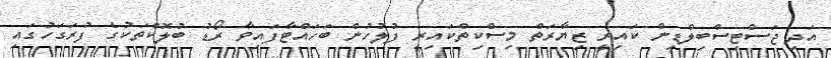
އަދި ޖަސްޓިސްބިލްޑިން ކައިރީ ޒިޔާރަތް މިސްކިތްކައިރީ ފުލުހުން ބަހައްޓާފައިވާ ރޯޑު ބުލޮކްތަކުގެ ފުރަގަހުގައި